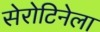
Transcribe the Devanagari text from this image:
सेरोटिनेला